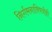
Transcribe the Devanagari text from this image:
निर्गमनाविषयीही